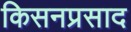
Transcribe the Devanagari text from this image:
किसनप्रसाद